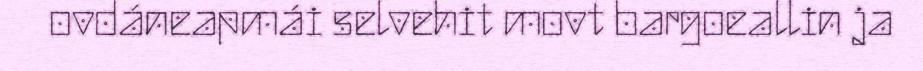
ovdáneapmái selvehit movt bargoeallin ja